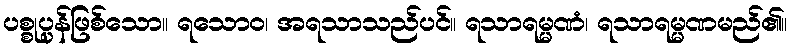
ပစ္စုပ္ပန်ဖြစ်သော။ ရသောဝ၊ အရသာသည်ပင်။ ရသာရမ္မဏံ၊ ရသာရမ္မဏမည်၏။